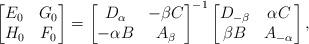
LaTeX: \begin{align*}\begin{bmatrix}E_0 & G_0 \\H_0 & F_0\end{bmatrix} = \begin{bmatrix}D_\alpha & -\beta C\\-\alpha B & A_\beta\end{bmatrix}^{-1}\begin{bmatrix}D_{-\beta} & \alpha C\\\beta B & A_{-\alpha}\end{bmatrix},\end{align*}